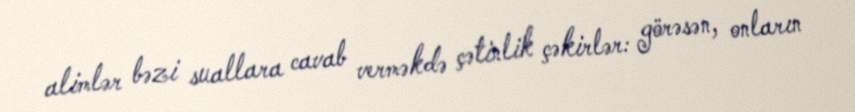
alimlər bəzi suallara cavab verməkdə çətinlik çəkirlər: görəsən, onların